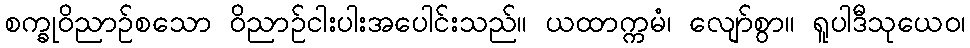
စက္ခုဝိညာဉ်စသော ဝိညာဉ်ငါးပါးအပေါင်းသည်။ ယထာက္ကမံ၊ လျော်စွာ။ ရူပါဒီသုယေဝ၊